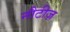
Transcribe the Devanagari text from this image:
नौटीज़